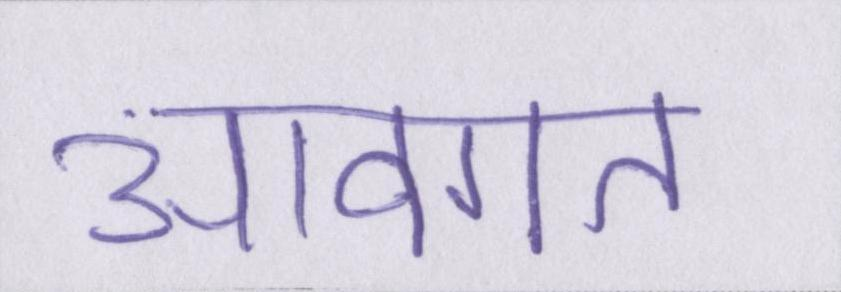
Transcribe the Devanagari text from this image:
आवगत